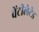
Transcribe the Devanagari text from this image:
वेंटीलेटेड